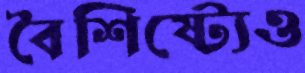
বৈশিষ্ট্যেও